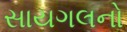
સાયગલનો